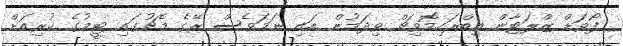
ފޯވަޑް ޒްލަޓާން އިބްރަހިމޮވިޗް ވިދަމުން އައި ނަމަވެސް ރޭގެ މެޗުގައި ޓީމުގެ ކުރިއަށް